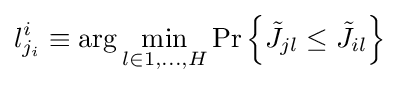
l_{j_{i}}^{i}\equiv \arg \min _{l\in {1,\ldots ,H}}\Pr \left\{{\tilde {J}}_{jl}\leq {\tilde {J}}_{il}\right\}